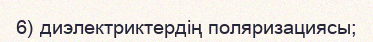
6) диэлектриктердің поляризациясы;